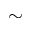
\sim